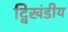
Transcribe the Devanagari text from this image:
द्विखंडीय